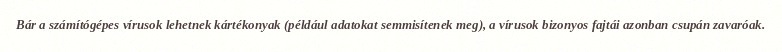
Bár a számítógépes vírusok lehetnek kártékonyak (például adatokat semmisítenek meg), a vírusok bizonyos fajtái azonban csupán zavaróak.